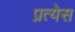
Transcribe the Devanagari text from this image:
प्रत्येस